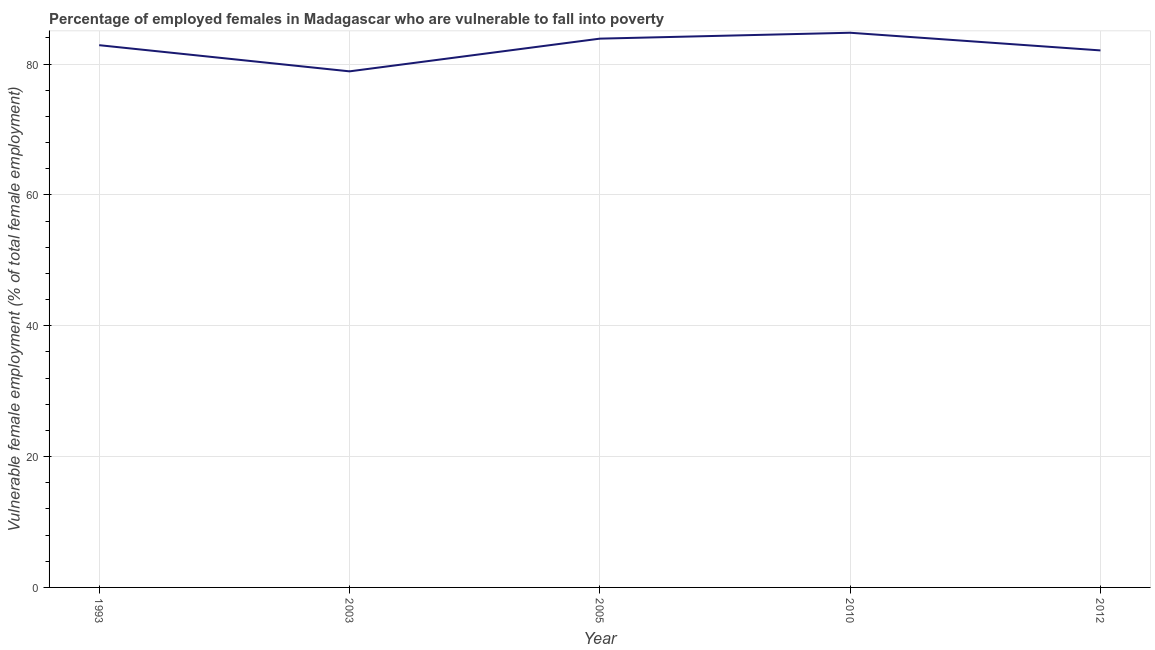
| Year | Percentage of employed females who are vulnerable to fall into poverty |
 | --- | --- |
 | 1993 | 82.9 |
 | 2003 | 78.9 |
 | 2005 | 83.9 |
 | 2010 | 84.8 |
 | 2012 | 82.1 |